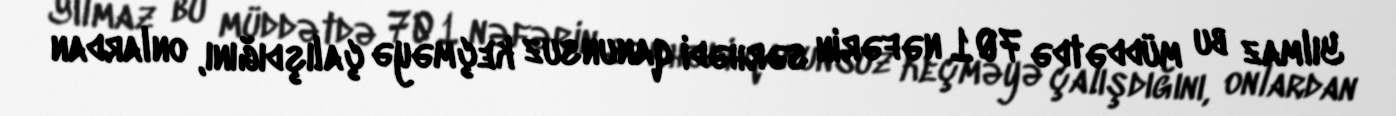
Yılmaz bu müddətdə 701 nəfərin sərhədi qanunsuz keçməyə çalışdığını, onlardan